Plague in India, 1896, 1897 - Volume 4
Year: 1896
Disease focus: Plague
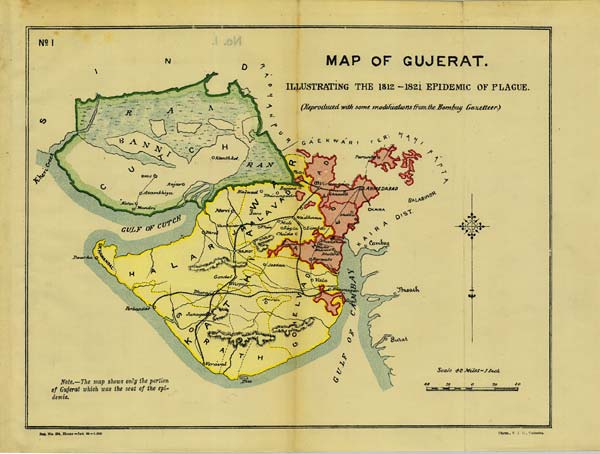
No: 1
MAP OF GUJERAT.
ILLUSTRATING THE 1812 - 1821 EPIDEMIC OF PLAGUE.
(Reproduced with some modifications from the Bombay Gazetteer.)
Note.—The map shows only the portion
of Gujerat which was the seat of the epi-
demic.
Reg. No. 594, Home —Jan. 96 —1,000
Photo., S. I. O., Calcutta.